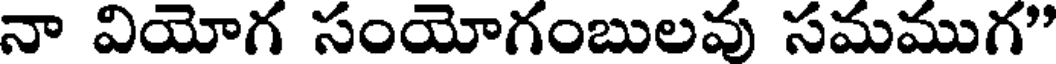
నా వియోగ సంయోగంబులవు సమముగ"